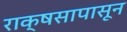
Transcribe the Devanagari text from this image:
राक्षसापासून